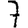
Digit: 7